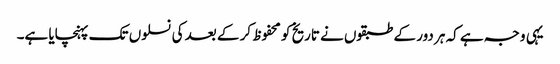
یہی وجہ ہے کہ ہر دور کے طبقوں نے تاریخ کو محفوظ کر کے بعد کی نسلوں تک پہنچایا ہے۔